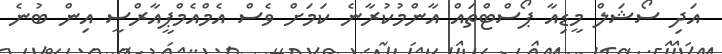
އަދި ސޯޝަލް މީޑިއާ ޕޯސްޓްތައް އާންމުކުރާނެ ކަމަށް ވެސް އެމްއެމްޕީއާރްސީ އިން ބުނެ